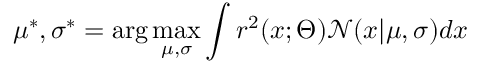
\mu ^ { * } , \sigma ^ { * } = \arg \operatorname* { m a x } _ { \mu , \sigma } \int r ^ { 2 } ( x ; \Theta ) \mathcal { N } ( x | \mu , \sigma ) d x